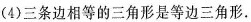
(4)三条边相等的三角形是等边三角形.